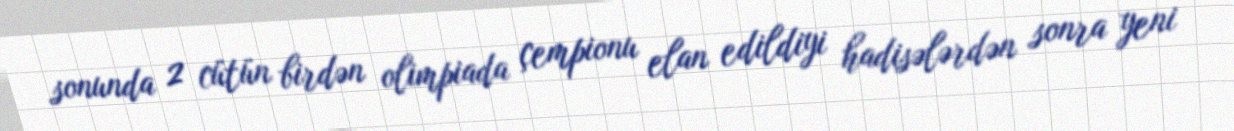
sonunda 2 cütün birdən olimpiada çempionu elan edildiyi hadisələrdən sonra yeni